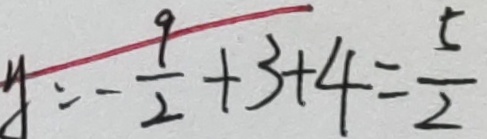
y = - \frac { 9 } { 2 } + 3 + 4 = \frac { 5 } { 2 }